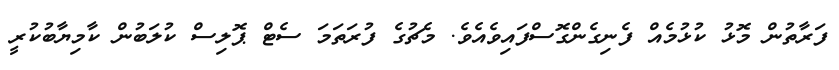
ފަރާތުން މޮޅު ކުޅުމެއް ފެނިގެންގޮސްފައިވެއެވެ. މެޗުގެ ފުރަތަމަ ސެޓް ޕޮލިސް ކުލަބުން ކާމިޔާބުކުރީ